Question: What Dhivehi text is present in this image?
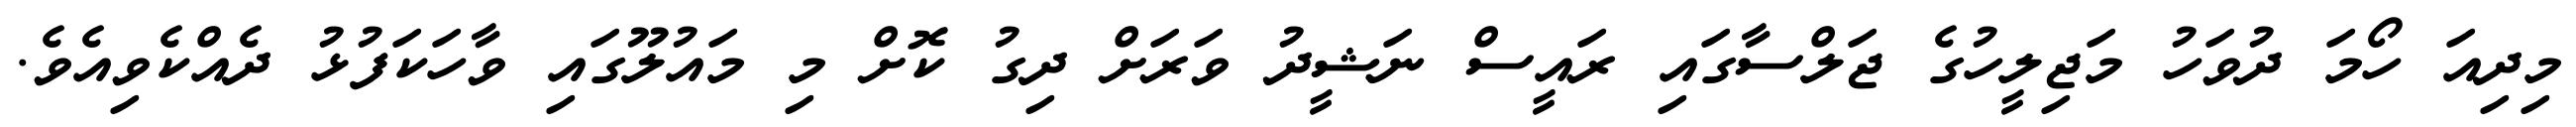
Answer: މިދިއަ ހޯމަ ދުވަހު މަޖިލީހުގެ ޖަލްސާގައި ރައީސް ނަޝީދު ވަރަށް ދިގު ކޮށް މި މައުލޫގައި ވާހަކަފުޅު ދެއްކެވިއެވެ.